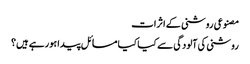
مصنوعی روشنی کے اثرات
روشنی کی آلودگی سے کیا کیا مسائل پیدا ہورہے ہیں؟